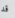
قد